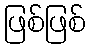
ဖြစ်ဖြစ်